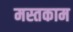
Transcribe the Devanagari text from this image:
मस्तकाम